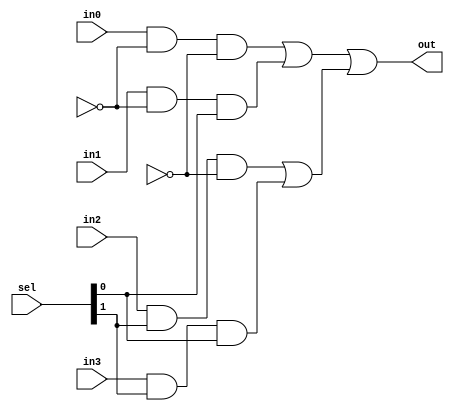
module Mux4to1_1b (in0, in1, in2, in3, sel, out);

input	in0, in1, in2, in3;
input [1:0] sel;
output	out;

wire s0p, s1p, w3, w4, w5, w6, w7, w8;


not inv1(s0p, s0);

not inv2(s1p, s1);



and and1(w3, in0, s1p, s0p);

and and2(w4, in1, s1p, sel[0]);

or or1(w7, w3, w4);



and and3(w5, in2, sel[1], s0p);

and and4(w6, in3, sel[1], sel[0]);

or or2(w8, w5, w6);


or or3(out, w7, w8);


endmodule